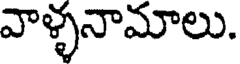
వాళ్ళనామాలు.